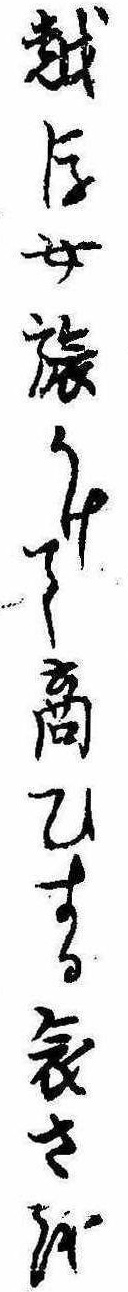
越後女旅かけて商ひする哀さを